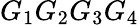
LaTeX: G_{1}G_{2}G_{3}G_{4}